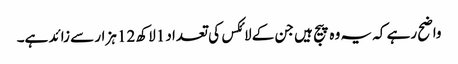
واضح رہے کہ یہ وہ پیج ہیں جن کے لائکس کی تعداد 1لاکھ 12 ہزار سے زائد ہے۔